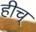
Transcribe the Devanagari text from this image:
हीच्